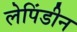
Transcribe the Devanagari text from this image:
लेपिंडीन